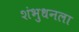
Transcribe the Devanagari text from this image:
शंभुधनला